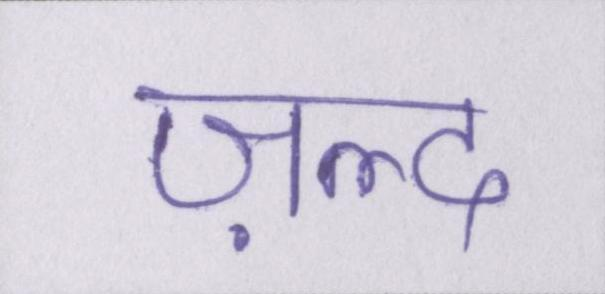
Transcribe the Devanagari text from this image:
ज़ल्द